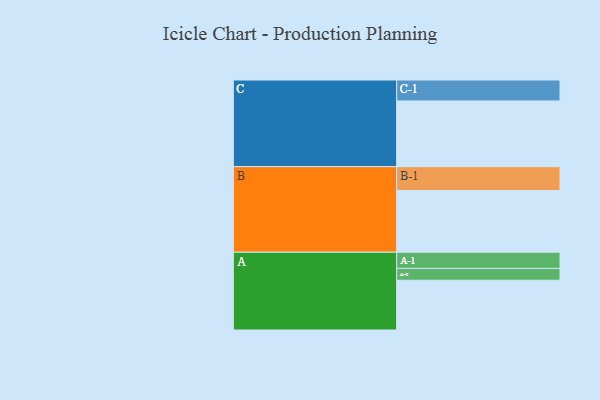
{"axis": {"x": "Segment", "y": "Value"}, "legend": ["", "A", "B", "C"], "data": [{"x": "A", "y": 421, "type": ""}, {"x": "B", "y": 522, "type": ""}, {"x": "C", "y": 556, "type": ""}, {"x": "A-1", "y": 137, "type": "A"}, {"x": "A-2", "y": 100, "type": "A"}, {"x": "B-1", "y": 202, "type": "B"}, {"x": "C-1", "y": 177, "type": "C"}]}